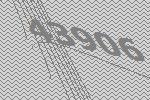
43906